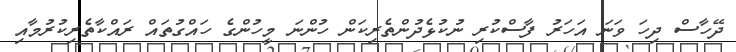
ދޭހާސް ދިހަ ވަނަ އަހަރު ފާސްކުރި ނުކުޅެދުންތެރިކަން ހުންނަ މީހުންގެ ހައްގުތައް ރައްކާތެރިކުރުމާއި